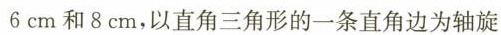
6cm和8cm，以直角三角形的一条直角边为轴旋